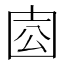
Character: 𡇛